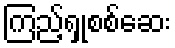
ကြည့်ရှုစစ်ဆေး